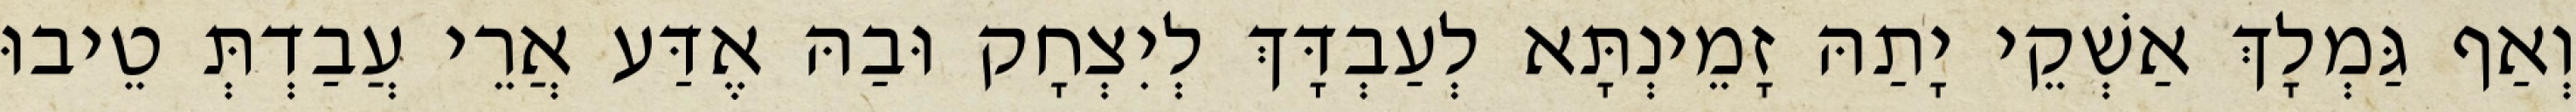
וְאַף גַּמְלָךְ אַשְׁקֵי יָתַהּ זָמֵינְתָּא לְעַבְדָּךְ לְיִצְחָק וּבַהּ אֶדַּע אֲרֵי עֲבַדְתְּ טֵיבוּ